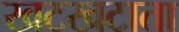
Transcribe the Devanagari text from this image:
खटखटाता